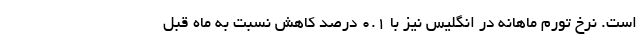
است. نرخ تورم ماهانه در انگلیس نیز با ۰.۱ درصد کاهش نسبت به ماه قبل